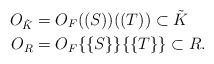
LaTeX: \begin{align*} O_{\tilde{K}}&=O_F((S))((T))\subset \tilde{K}\\ O_R&=O_F\{\{S\}\}\{\{T\}\}\subset R. \end{align*}